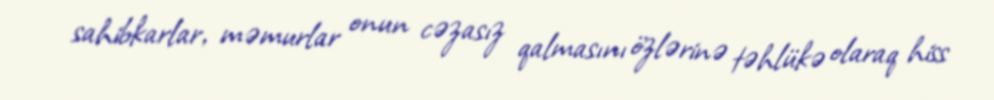
sahibkarlar, məmurlar onun cəzasız qalmasını özlərinə təhlükə olaraq hiss